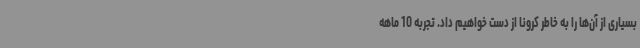
بسیاری از آن‌ها را به خاطر کرونا از دست خواهیم داد. تجربه 10 ماهه